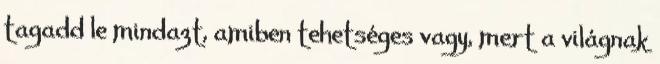
tagadd le mindazt, amiben tehetséges vagy, mert a világnak